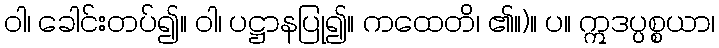
ဝါ၊ ခေါင်းတပ်၍။ ဝါ၊ ပဋ္ဌာနပြု၍။ ကထေတိ၊ ၏။)။ ပ။ ဣဒပ္ပစ္စယာ၊